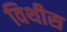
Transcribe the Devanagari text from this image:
विथीस